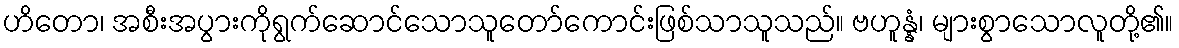
ဟိတော၊ အစီးအပွားကိုရွက်ဆောင်သောသူတော်ကောင်းဖြစ်သာသူသည်။ ဗဟူန္နံ၊ များစွာသောလူတို့၏။